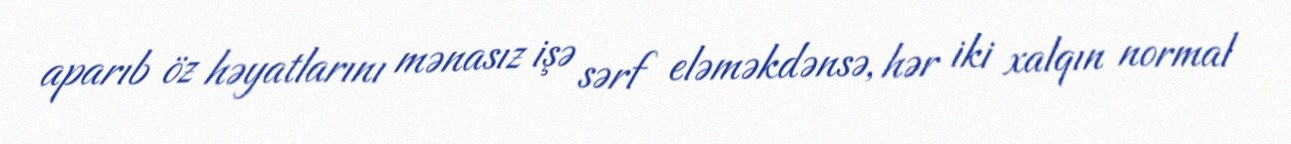
aparıb öz həyatlarını mənasız işə sərf eləməkdənsə, hər iki xalqın normal